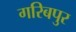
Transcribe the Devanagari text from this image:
गरिबपुर